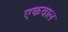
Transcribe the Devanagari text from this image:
एकवाल